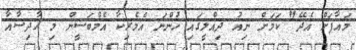
މައާފަށް އެދޭ" ކަމަށް ނިއު ދިއްލީގައި ހުންނަ އެމެރިކާ އެމްބަސީން މި ހާދިސާއާ